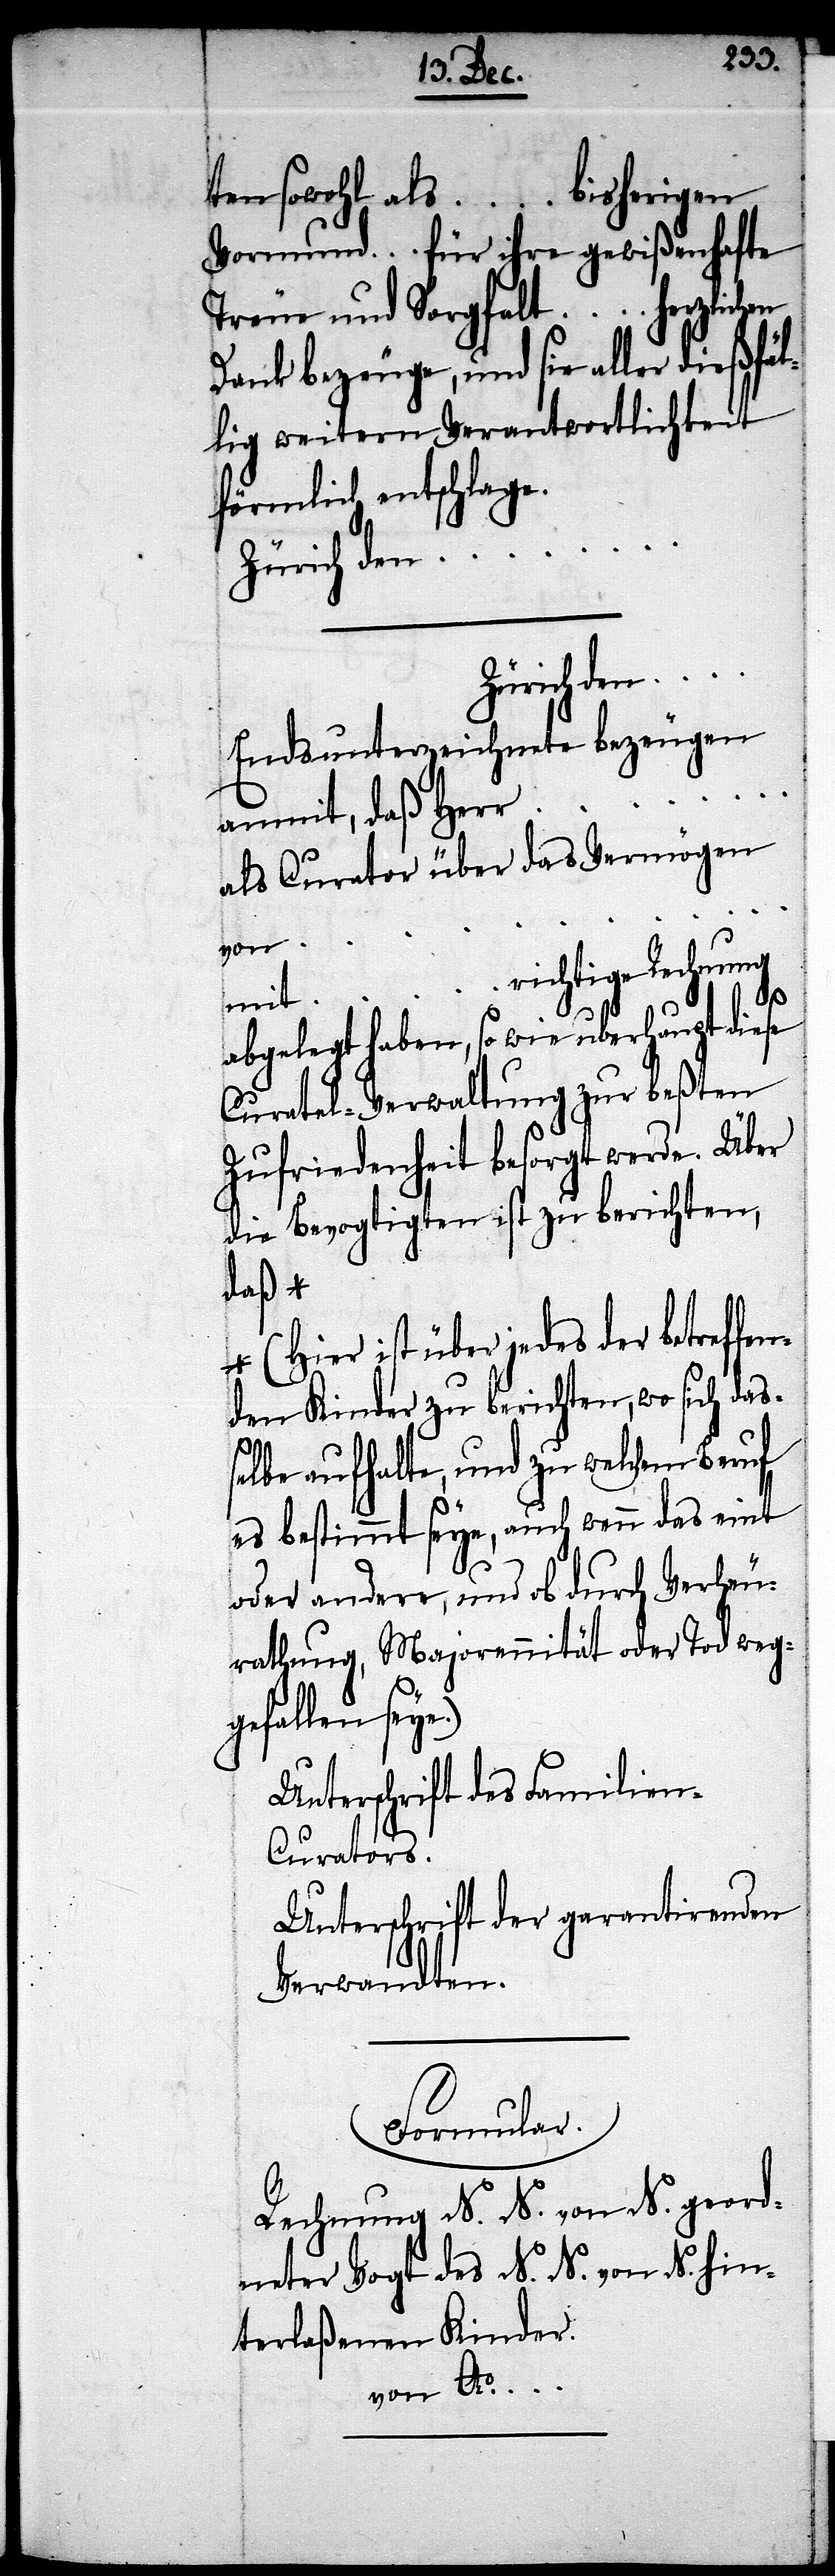
ten sowohl als … bisherigen
Vormund … für ihre gewißenhafte
Treue und Sorgfalt … herzlichen
Dank bezeuge, und sie aller dießfäl¬
lig weitern Verantwortlichkeit
förmlich entschlage.
Zürich den …
Zürich den….
________________
anmit, daß Herr …
als Curator über das Vermögen
von …
richtige Rechnung
…
mit
abgelegt haben, so wie uberhaupt diese
Curatel-Verwaltung zur beßten
Zufriedenheit besorgt werde. Über
die Bevogtigten ist zu berichten,
daß *
* (hier ist über jedes der betreffen¬
den Kinder zu berichten, wo sich das¬
selbe aufhalte, und zu welchem Beruf
es bestimmt seye, auch wenn das eint
oder andere, und ob durch Verheu¬
rathung, Majorennität oder Tod weg¬
gefallen seye.)
Unterschrift des Familien-C¬
urators.
Unterschrift der garantirenden
Verwandten.
Formular.
Rechnung N. N. von N. geord¬
neter Vogt des N. N. von N. hin¬
terlaßenen Kinder.
von Ao.